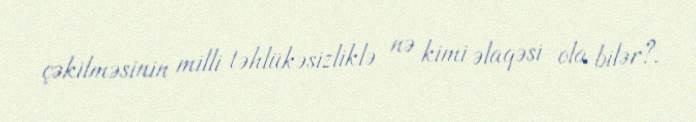
çəkilməsinin milli təhlükəsizliklə nə kimi əlaqəsi ola bilər?.